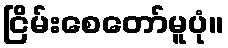
ငြိမ်းစေတော်မူပုံ။